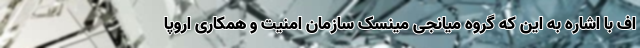
اف با اشاره به این که گروه میانجی مینسک سازمان امنیت و همکاری اروپا